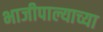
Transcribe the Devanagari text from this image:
भाजीपाल्याच्या